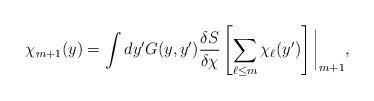
LaTeX: \begin{align*}~\chi_{m+1}(y) = \int dy' G(y, y') \frac{\delta S}{\delta \chi} \left[ \sum_{\ell \leq m} \chi_{\ell}(y') \right] \bigg|_{m+1},\end{align*}